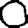
Digit: 0